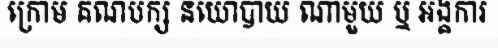
ក្រោម គណបក្ស នយោបាយ ណាមួយ ឬ អង្គការ